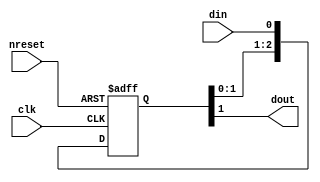
//#############################################################################
//# Function: Clock synchronizer                                              #
//#############################################################################
//# Author:   Andreas Olofsson                                                #
//# License:  MIT (see LICENSE file in OH! repository)                        # 
//#############################################################################

module oh_dsync  #(parameter PS    = 2,        // number of sync stages
		   parameter DELAY = 0        // random delay
		   )
   (
    input  clk, // clock
    input  nreset, // clock
    input  din, // input data
    output dout    // synchronized data
    );
   
	   reg [PS:0]   sync_pipe; 
	   always @ (posedge clk or negedge nreset)		 
	     if(!nreset)
	       sync_pipe[PS:0] <= 1'b0;
	     else
	       sync_pipe[PS:0] <= {sync_pipe[PS-1:0],din};	      	      
	   // drive randomize delay from testbench
	   assign dout = (DELAY & sync_pipe[PS]) |  //extra cycle
			 (~DELAY & sync_pipe[PS-1]); //default
   
endmodule // oh_dsync